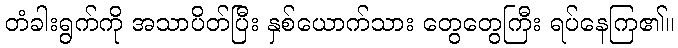
တံခါးရွက်ကို အသာပိတ်ပြီး နှစ်ယောက်သား တွေတွေကြီး ရပ်နေကြ၏။